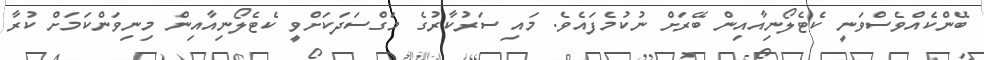
ބޭންކެއްވެސްވަނީ ކެޓެލޯނިއާއިން ބޭރަށް ނުކުމެފައެވެ. މައި ސަރުކާރުގެ މަގްސަދަކަށްވީ ކެޓެލޯނިއާއިން މިނިވަންކަމަށް ކުރާ